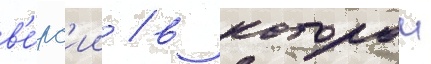
в'е́рс'ии / в которои